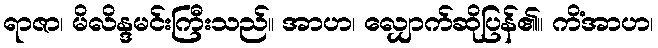
ရာဇာ၊ မိလိန္ဒမင်းကြီးသည်။ အာဟ၊ လျှောက်ဆိုပြန်၏။ ကိံအာဟ၊